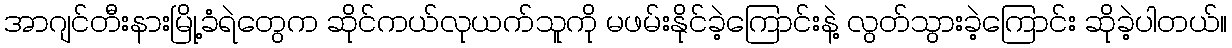
အာဂျင်တီးနားမြို့ခံရဲတွေက ဆိုင်ကယ်လုယက်သူကို မဖမ်းနိုင်ခဲ့ကြောင်းနဲ့ လွတ်သွားခဲ့ကြောင်း ဆိုခဲ့ပါတယ်။